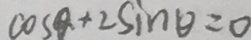
\cos \theta + 2 \sin \theta = 0